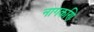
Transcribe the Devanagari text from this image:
नागकणि